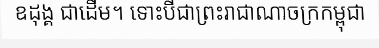
ឧដុង្គ ជាដើម។ ទោះបីជាព្រះរាជាណាចក្រកម្ពុជា